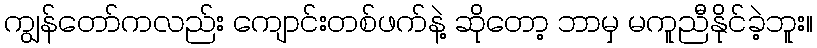
ကျွန်တော်ကလည်း ကျောင်းတစ်ဖက်နဲ့ ဆိုတော့ ဘာမှ မကူညီနိုင်ခဲ့ဘူး။